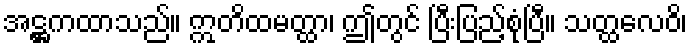
အဋ္ဌကထာသည်။ ဣတိထမတ္ထာ၊ ဤတွင် ပြီးပြည့်စုံပြီ။ သတ္ထလေဝိ၊